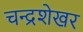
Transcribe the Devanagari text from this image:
चन्‍द्रशेखर